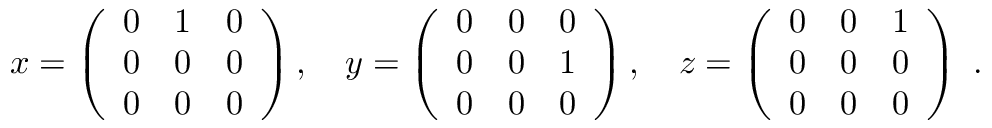
x = \left( { \begin{array} { c c c } { 0 } & { 1 } & { 0 } \\ { 0 } & { 0 } & { 0 } \\ { 0 } & { 0 } & { 0 } \end{array} } \right) , \quad y = \left( { \begin{array} { c c c } { 0 } & { 0 } & { 0 } \\ { 0 } & { 0 } & { 1 } \\ { 0 } & { 0 } & { 0 } \end{array} } \right) , \quad z = \left( { \begin{array} { c c c } { 0 } & { 0 } & { 1 } \\ { 0 } & { 0 } & { 0 } \\ { 0 } & { 0 } & { 0 } \end{array} } \right) ~ . \quad